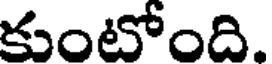
కుంటోంది.